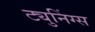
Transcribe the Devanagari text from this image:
ट्युनिंग्स